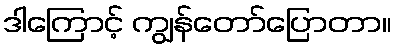
ဒါကြောင့် ကျွန်တော်ပြောတာ။